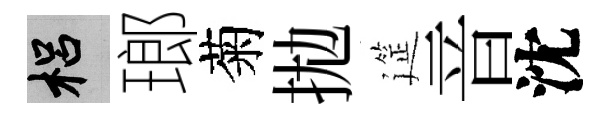
梠瑯菊拋筵音沈